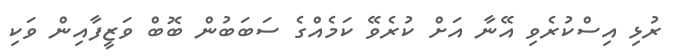
ރުޅި އިސްކުރެވި އޭނާ އަށް ކުރެވޭ ކަމެއްގެ ސަބަބުން ބޮބް ވަޒީފާއިން ވަކި